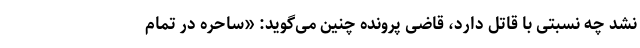
نشد چه نسبتی با قاتل دارد، قاضی پرونده چنین می‌گوید: «ساحره در تمام